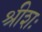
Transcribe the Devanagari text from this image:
श्रीशः